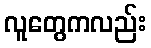
လူတွေကလည်း